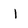
Character: 1